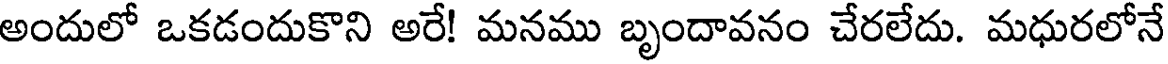
అందులో ఒకడందుకొని అరే! మనము బృందావనం చేరలేదు. మధురలోనే